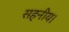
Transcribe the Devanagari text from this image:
सहनीय।